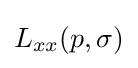
L_{xx}(p,\sigma )